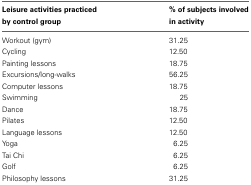
<table><thead><tr><td><b>Leisure activities practiced by control group</b></td><td><b>% of subjects involved in activity</b></td></tr></thead><tbody><tr><td>Workout (gym)</td><td>31.25</td></tr><tr><td>Cycling</td><td>12.50</td></tr><tr><td>Painting lessons</td><td>18.75</td></tr><tr><td>Excursions/long-walks</td><td>56.25</td></tr><tr><td>Computer lessons</td><td>18.75</td></tr><tr><td>Swimming</td><td>25</td></tr><tr><td>Dance</td><td>18.75</td></tr><tr><td>Pilates</td><td>12.50</td></tr><tr><td>Language lessons</td><td>12.50</td></tr><tr><td>Yoga</td><td>6.25</td></tr><tr><td>Tai Chi</td><td>6.25</td></tr><tr><td>Golf</td><td>6.25</td></tr><tr><td>Philosophy lessons</td><td>31.25</td></tr></tbody></table>